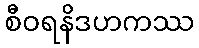
စီဝရနိဒဟကဿ